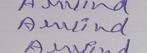
Signature authenticity: genuine